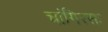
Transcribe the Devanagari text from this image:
चांगिरसः